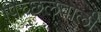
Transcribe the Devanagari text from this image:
पिच्छलवाली